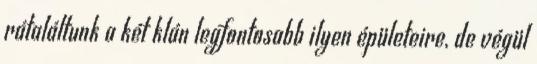
rátaláltunk a két klán legfontosabb ilyen épületeire, de végül